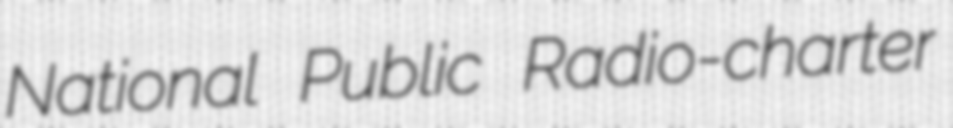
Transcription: National Public Radio-charter